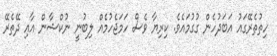
ހިތުތެރޭގައު އަބަދުހެން ގުގުމައެވެ. ކިރިޔާ ވެސް ހަމަޖެހުމެއް ލިބުނީ ނުކްޝާން އާއި ދޭތެރޭ